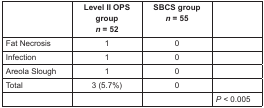
|  | Level II OPS group n = 52 | SBCS group n = 55 |  |
 | --- | --- | --- | --- |
 | Fat Necrosis | 1 | 0 |  |
 | Infection | 1 | 0 |  |
 | Areola Slough | 1 | 0 |  |
 | Total | 3 (5.7%) | 0 |  |
 |  |  |  | P < 0.005 |